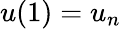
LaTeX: u(1)=u_{n}